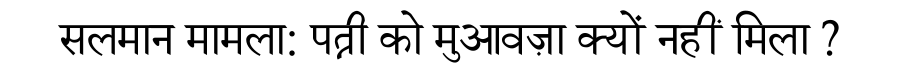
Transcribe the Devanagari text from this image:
सलमान मामला: पत्नी को मुआवज़ा क्यों नहीं मिला ?